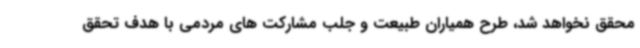
محقق نخواهد شد، طرح همیاران طبیعت و جلب مشارکت های مردمی با هدف تحقق